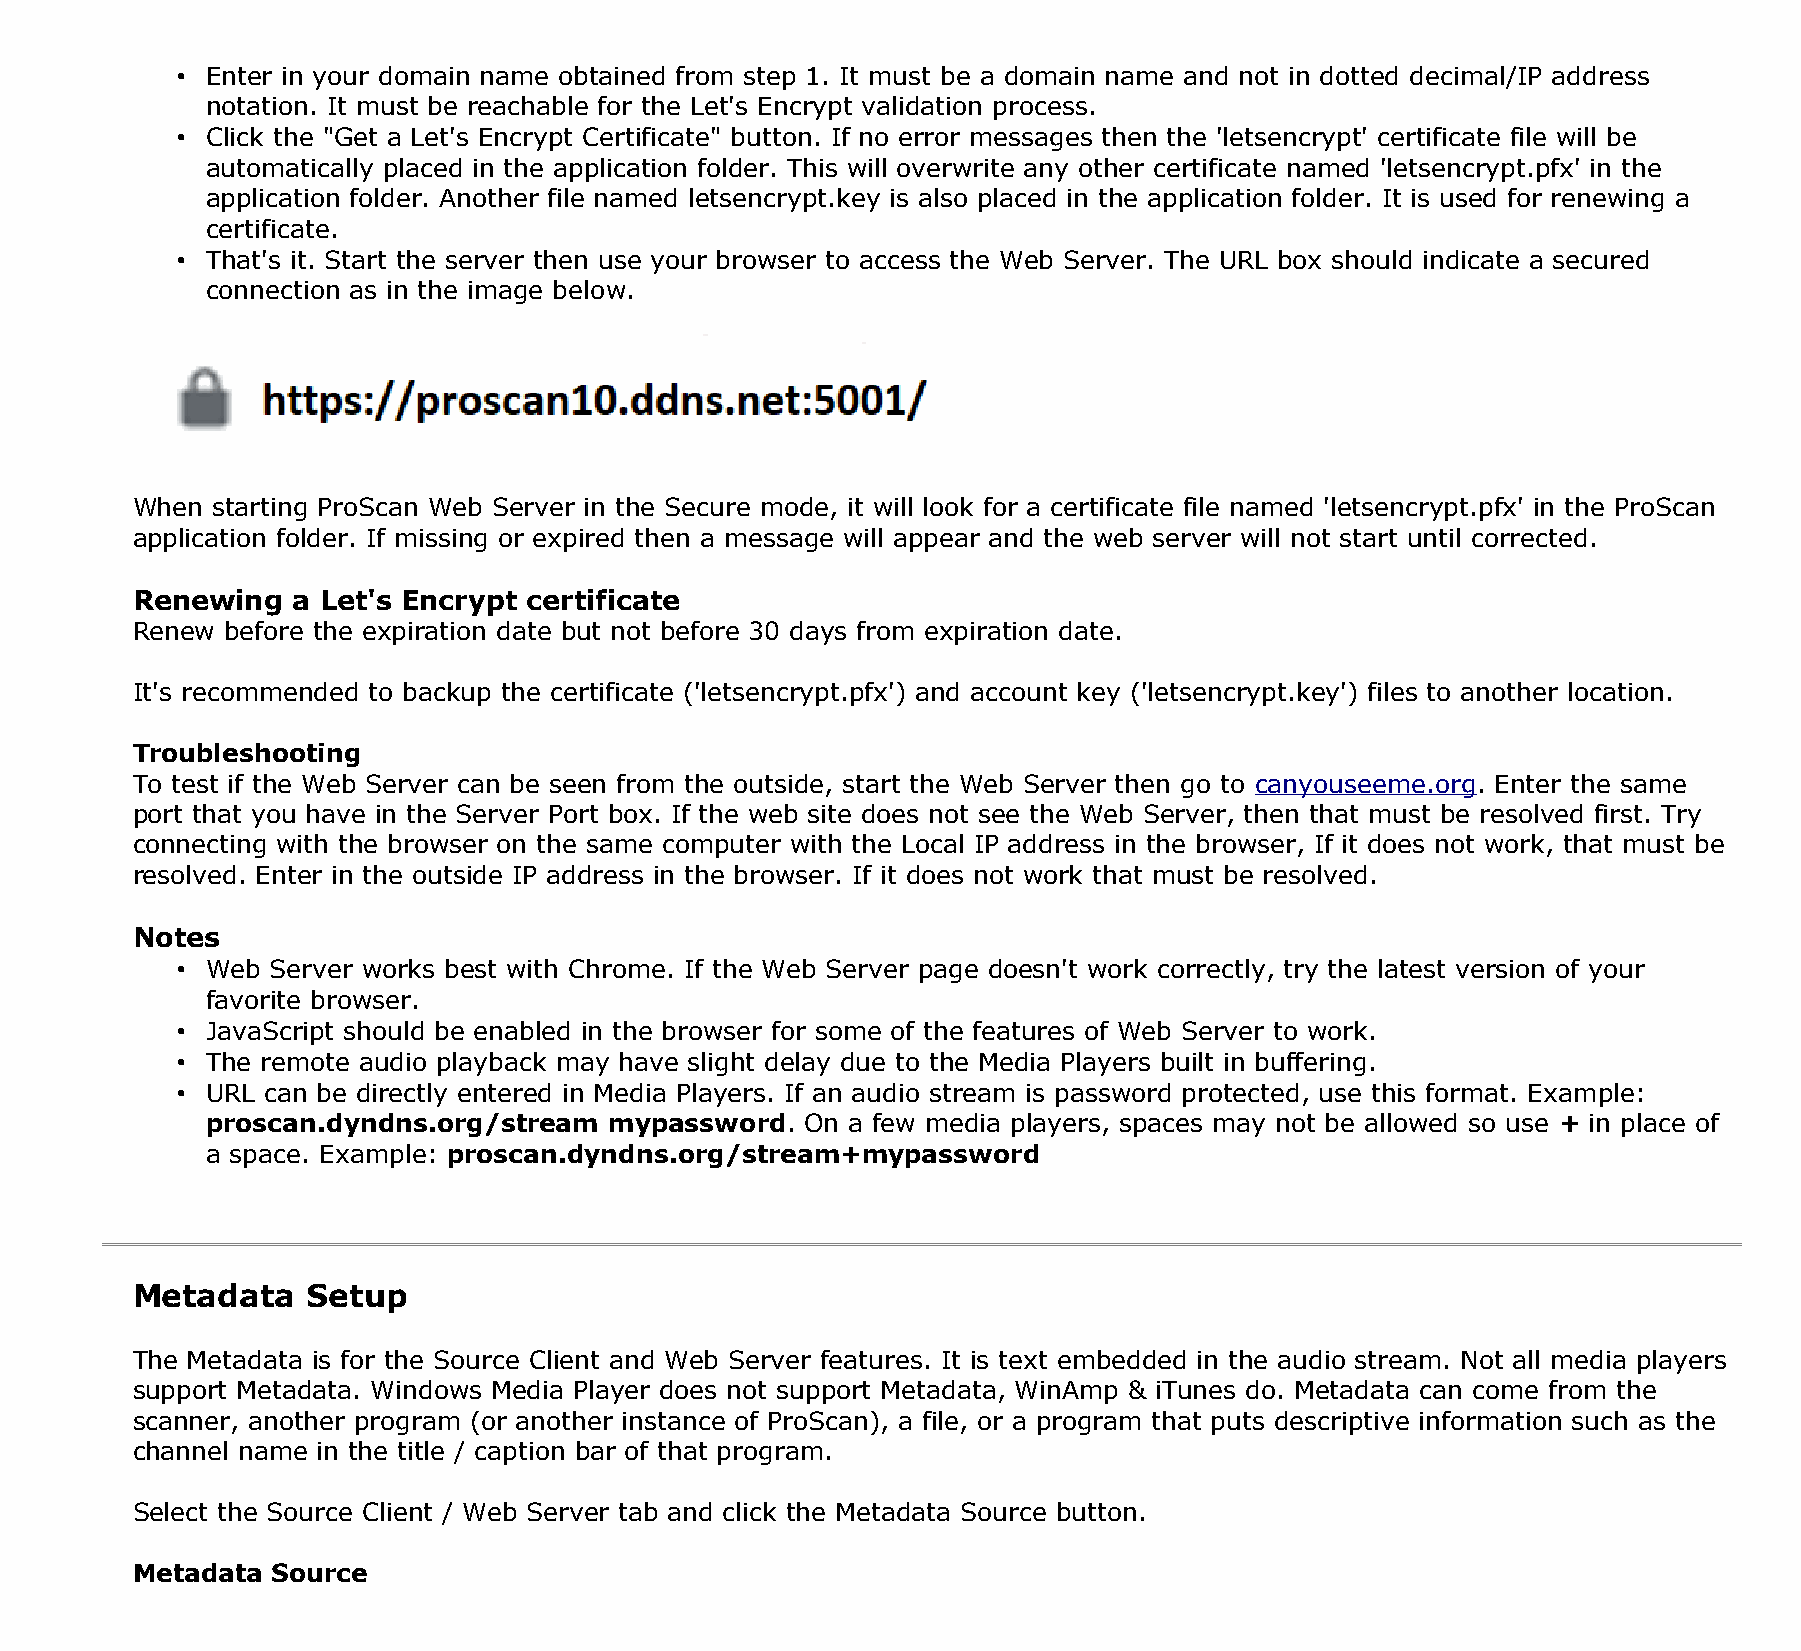
• Enter in your domain name obtained from step 1. It must be a domain name and not in dotted decimal/IP address
 notation. It must be reachable for the Let's Encrypt validation process.
 • Click the "Get a Let's Encrypt Certificate" button. If no error messages then the 'letsencrypt' certificate file will be
 automatically placed in the application folder. This will overwrite any other certificate named 'letsencrypt.pfx' in the
 application folder. Another file named letsencrypt.key is also placed in the application folder. It is used for renewing a
 certificate.
 • That's it. Start the server then use your browser to access the Web Server. The URL box should indicate a secured
 connection as in the image below.
 When starting ProScan Web Server in the Secure mode, it will look for a certificate file named 'letsencrypt.pfx' in the ProScan
 application folder. If missing or expired then a message will appear and the web server will not start until corrected.
 Renewing  a Let's Encrypt certificate
 Renew before the expiration date but not before 30 days from expiration date.
 It's recommended to backup the certificate ('letsencrypt.pfx') and account key ('letsencrypt.key') files to another location.
 Troubleshooting
 To test if the Web Server can be seen from the outside, start the Web Server then go to canyouseeme.org. Enter the same
 port that you have in the Server Port box. If the web site does not see the Web Server, then that must be resolved first. Try
 connecting with the browser on the same computer with the Local IP address in the browser, If it does not work, that must be
 resolved. Enter in the outside IP address in the browser. If it does not work that must be resolved.
 Notes
 • Web Server works best with Chrome. If the Web Server page doesn't work correctly, try the latest version of your
 favorite browser.
 • JavaScript should be enabled in the browser for some of the features of Web Server to work.
 • The remote audio playback may have slight delay due to the Media Players built in buffering.
 • URL can be directly entered in Media Players. If an audio stream is password protected, use this format. Example:
 proscan.dyndns.org/stream mypassword.  On a few media players, spaces may not be allowed so use + in place of
 a space. Example: proscan.dyndns.org/stream+mypassword
 Metadata   Setup
 The Metadata is for the Source Client and Web Server features. It is text embedded in the audio stream. Not all media players
 support Metadata. Windows Media Player does not support Metadata, WinAmp & iTunes do. Metadata can come from the
 scanner, another program (or another instance of ProScan), a file, or a program that puts descriptive information such as the
 channel name in the title / caption bar of that program.
 Select the Source Client / Web Server tab and click the Metadata Source button.
 Metadata Source